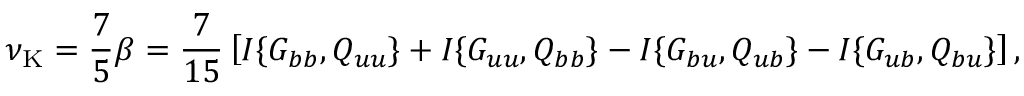
\nu _ { \mathrm { { K } } } = \frac { 7 } { 5 } \beta = \frac { 7 } { 1 5 } \left[ { I \{ { G _ { b b } , Q _ { u u } } \} + I \{ { G _ { u u } , Q _ { b b } } \} - I \{ { G _ { b u } , Q _ { u b } } \} - I \{ { G _ { u b } , Q _ { b u } } \} } \right] ,